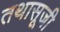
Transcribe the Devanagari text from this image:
तथासूजी